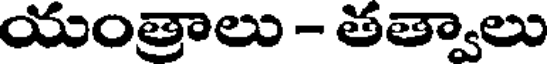
యంత్రాలు - తత్వాలు